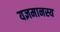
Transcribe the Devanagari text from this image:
यज्ञमानस्य